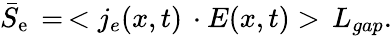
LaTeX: \begin{array}{r}{\bar{S}_{\mathrm{{e}}}\, =\, <j_{e}(x,t)\, \cdot E(x,t)>\, L_{gap}.}\end{array}